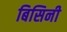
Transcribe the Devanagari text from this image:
बिसिनी